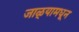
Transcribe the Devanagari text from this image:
जाळ्यामधून